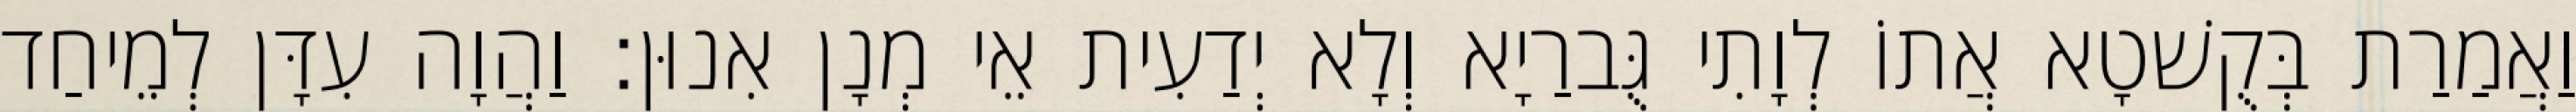
וַאֲמַרַת בְּקֻשׁטָא אֲתוֹ לְוָתִי גֻּברַיָא וְלָא יְדַעִית אֵי מְנָן אִנוּן׃ וַהֲוָה עִדָּן לְמֵיחַד